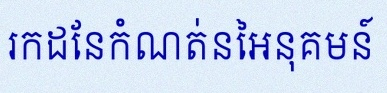
រកដែនកំណត់នៃអនុគមន៍